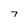
Character: 7